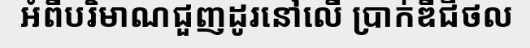
អំពីបរិមាណជួញដូរនៅលើ ប្រាក់ឌីជីថល